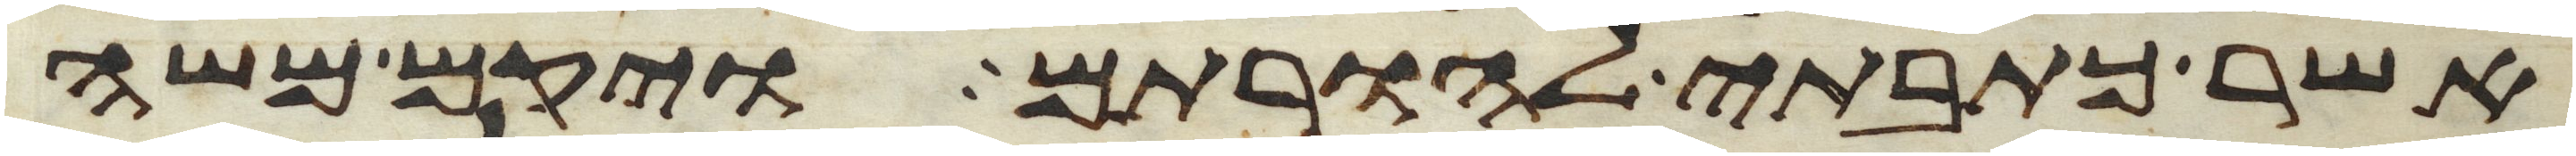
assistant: אשר כתבתי להורתם ויקם משה